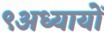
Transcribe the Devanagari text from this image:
९अध्यायों